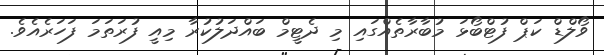
ވޯލްޑް ކަޕް ފުޓްބޯޅަ މުބާރާތެއްގައި މި ދެޓީމް ބައްދަލުކުރާ މިއީ ފުރަތަމަ ފަހަރެއެވެ.